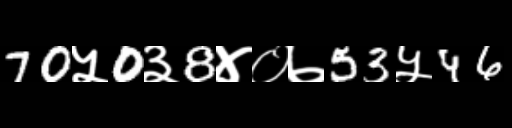
Text: 70५0३8४०७53५46